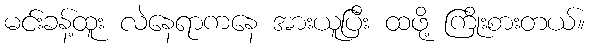
မင်းခန့်ထူး လဲနေရာကနေ အားယူပြီး ထဖို့ ကြိုးစားတယ်။